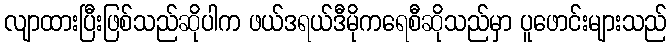
လျာထားပြီးဖြစ်သည်ဆိုပါက ဖယ်ဒရယ်ဒီမိုကရေစီဆိုသည်မှာ ပူဖောင်းများသည်